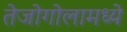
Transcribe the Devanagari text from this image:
तेजोगोलामध्ये